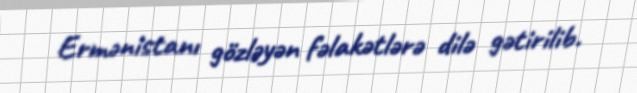
Ermənistanı gözləyən fəlakətlərə dilə gətirilib.